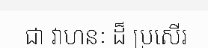
ជា វាហនៈ ដ៏ ប្រសើរ